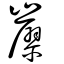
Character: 𡽐